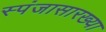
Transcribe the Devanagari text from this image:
स्पंजासारख्या